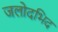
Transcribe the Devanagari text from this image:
जलोदभिद